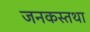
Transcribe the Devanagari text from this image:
जनकस्तथा